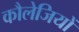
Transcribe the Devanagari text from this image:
कौलेजियों